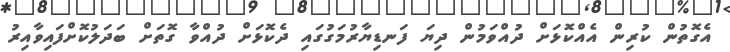
އެގޮތުން ކުރިން އެއްކޮޅަށް ދުއްވަމުން ދިޔަ ފަނޑިޔާރުމަގުގައި ދެކޮޅަށް ދުއްވާ ގޮތަށް ބަދަލުކޮށްފައިވާއިރު